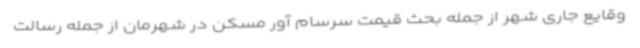
وقایع جاری شهر از جمله بحث قیمت سرسام آور مسکن در شهرمان از جمله رسالت